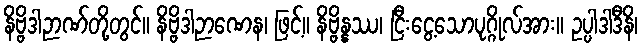
နိဗ္ဗိဒါဉာဏ်တို့တွင်။ နိဗ္ဗိဒါဉာဏေန၊ ဖြင့်။ နိဗ္ဗိန္နဿ၊ ငြီးငွေ့သောပုဂ္ဂိုလ်အား။ ဥပ္ပါဒါဒီနိ၊